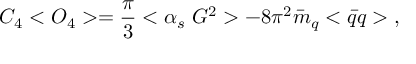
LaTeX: C _ { 4 } < O _ { 4 } > = \frac { \pi } { 3 } < \alpha _ { s } \; G ^ { 2 } > - 8 \pi ^ { 2 } \bar { m } _ { q } < \bar { q } q > \; ,